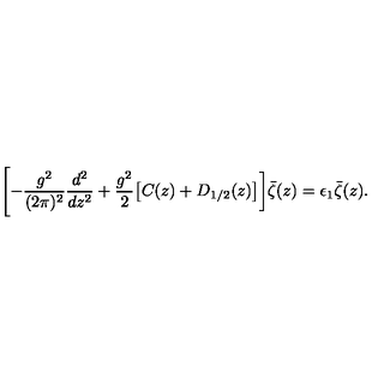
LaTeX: \Biggl [ - { \frac { g ^ { 2 } } { ( 2 \pi ) ^ { 2 } } } { \frac { d ^ { 2 } } { d z ^ { 2 } } } + { \frac { g ^ { 2 } } { 2 } } \bigl [ C ( z ) + D _ { 1 / 2 } ( z ) \bigr ] \biggr ] \bar { \zeta } ( z ) = \epsilon _ { 1 } \bar { \zeta } ( z ) .